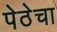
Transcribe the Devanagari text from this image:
पेठेचा